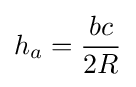
h_{a}={\frac {bc}{2R}}